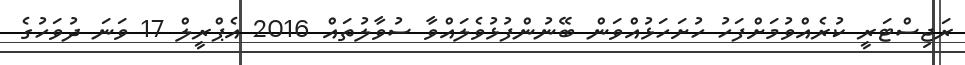
ރަޖިސްޓަރީ ކުރެއްވުމަށްފަހު ހުށަހަޅުއްވަން ބޭނުންފުޅުވެލައްވާ ސުވާލުތައް 2016 އެޕްރީލް 17 ވަނަ ދުވަހުގެ